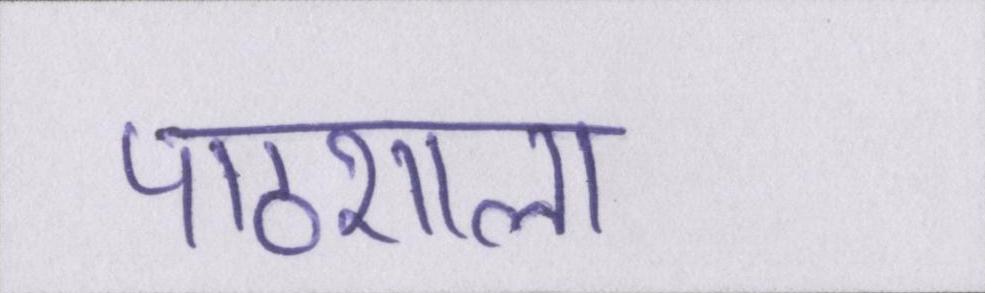
पाठशाला